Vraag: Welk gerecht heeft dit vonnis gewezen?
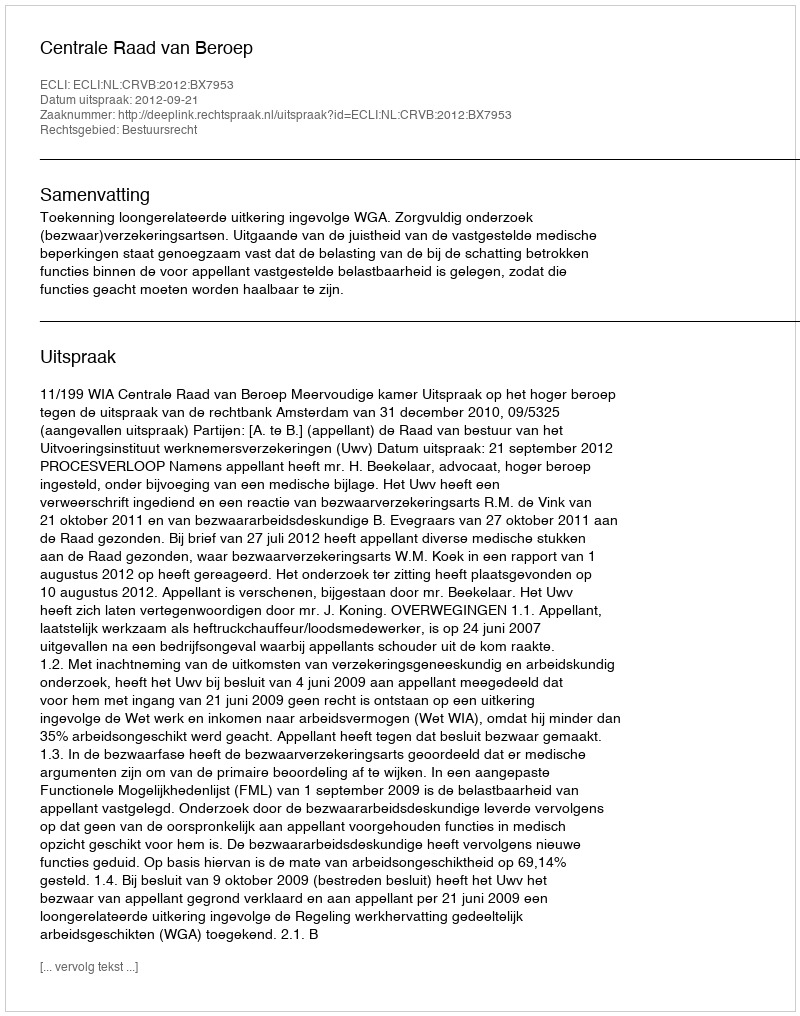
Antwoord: Centrale Raad van Beroep